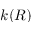
k ( R )